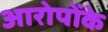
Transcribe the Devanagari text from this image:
आरोपोंके